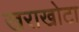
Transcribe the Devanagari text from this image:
खराखोटा